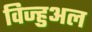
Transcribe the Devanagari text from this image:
विज्हुअल